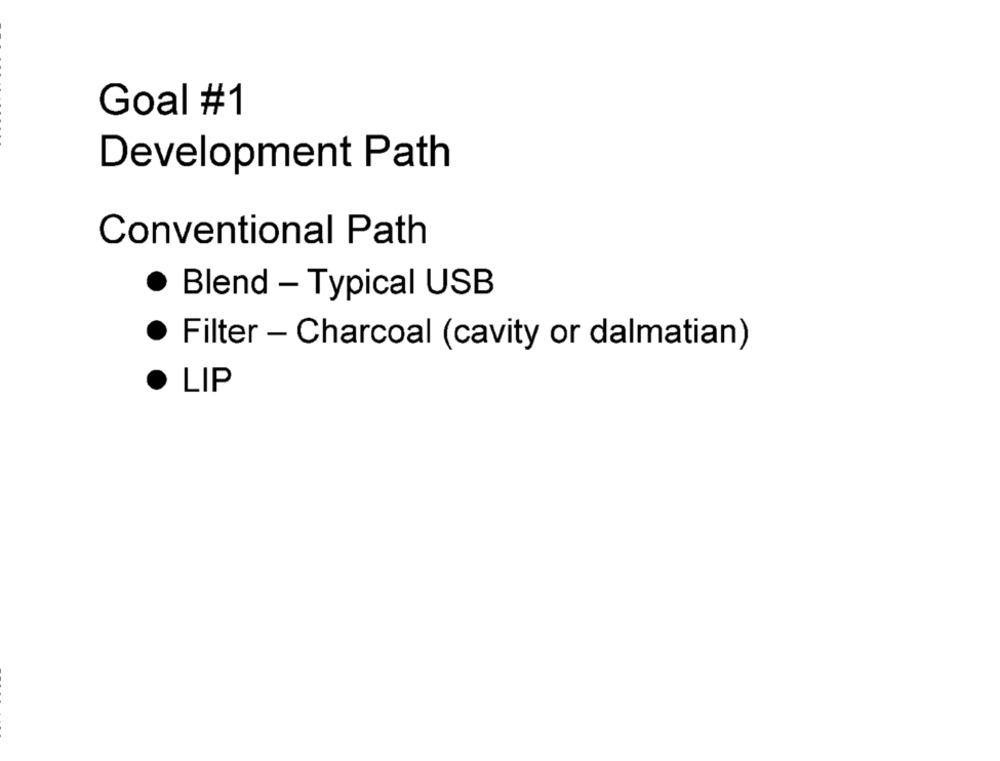
Goal #1
Development Path
Conventional Path
Blend - Typical USB
Filter - Charcoal (cavity or dalmatian)
LIP